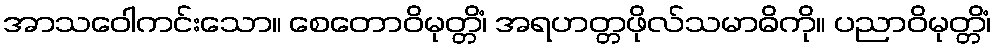
အာသဝေါကင်းသော။ စေတောဝိမုတ္တိံ၊ အရဟတ္တဖိုလ်သမာဓိကို။ ပညာဝိမုတ္တိံ၊